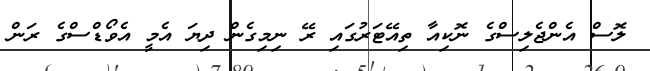
ލޮސް އެންޖެލިސްގެ ނޮކިއާ ތިއޭޓަރުގައި ރޭ ނިމިގެން ދިޔަ އެމީ އެވޯޑްސްގެ ރަން